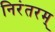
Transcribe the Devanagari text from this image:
निरंतरम्‌